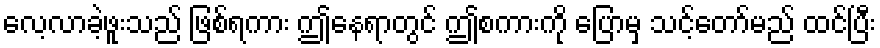
လေ့လာခဲ့ဖူးသည် ဖြစ်ရကား ဤနေရာတွင် ဤစကားကို ပြောမှ သင့်တော်မည် ထင်ပြီး